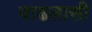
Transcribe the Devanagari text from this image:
वाढलासी